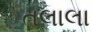
તલાલા